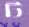
ট